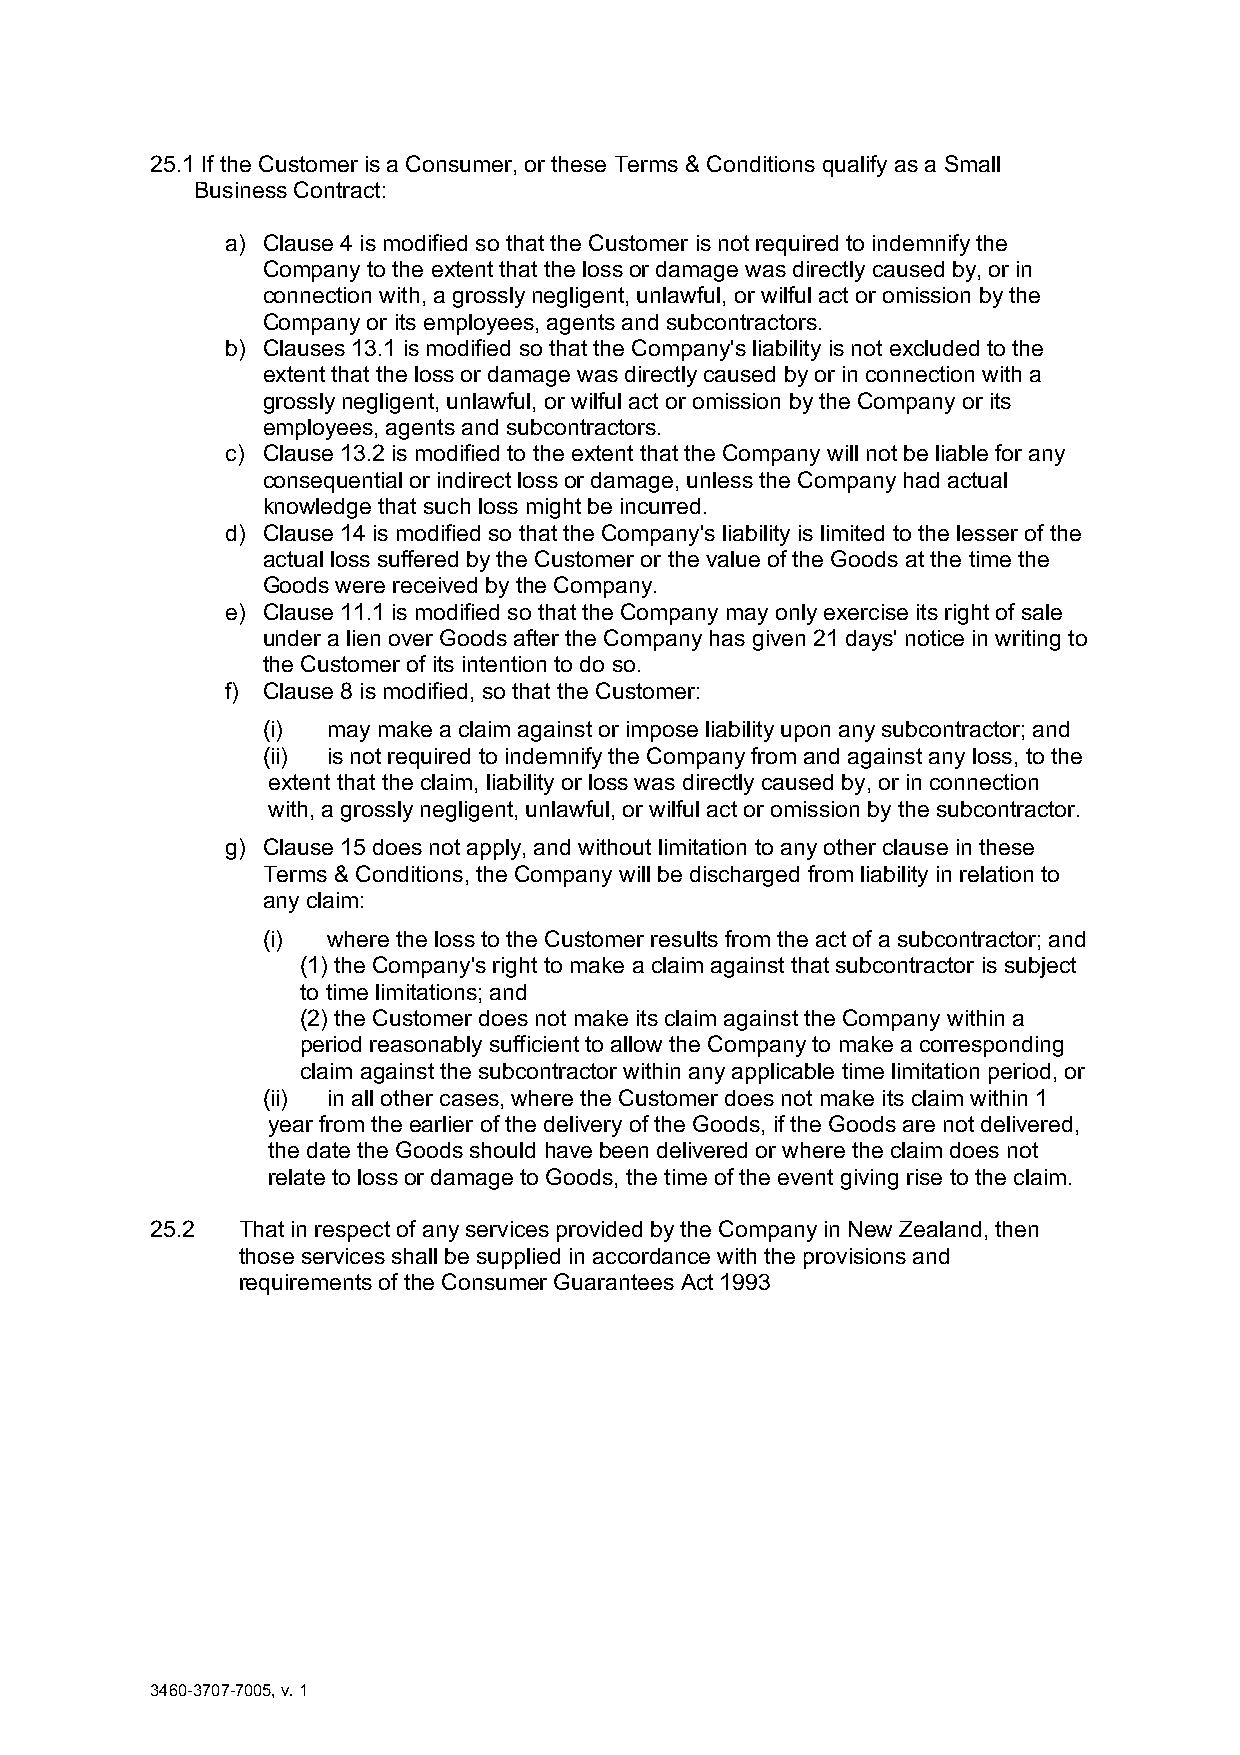
25.1 If the Customer is a Consumer, or these Terms & Conditions qualify as a Small
 Business Contract:
 a) Clause 4 is modified so that the Customer is not required to indemnify the
 Company to the extent that the loss or damage was directly caused by, or in
 connection with, a grossly negligent, unlawful, or wilful act or omission by the
 Company or its employees, agents and subcontractors.
 b) Clauses 13.1 is modified so that the Company's liability is not excluded to the
 extent that the loss or damage was directly caused by or in connection with a
 grossly negligent, unlawful, or wilful act or omission by the Company or its
 employees, agents and subcontractors.
 c) Clause 13.2 is modified to the extent that the Company will not be liable for any
 consequential or indirect loss or damage, unless the Company had actual
 knowledge that such loss might be incurred.
 d) Clause 14 is modified so that the Company's liability is limited to the lesser of the
 actual loss suffered by the Customer or the value of the Goods at the time the
 Goods were received by the Company.
 e) Clause 11.1 is modified so that the Company may only exercise its right of sale
 under a lien over Goods after the Company has given 21 days' notice in writing to
 the Customer of its intention to do so.
 f) Clause 8 is modified, so that the Customer:
 (i)  may make a claim against or impose liability upon any subcontractor; and
 (ii) is not required to indemnify the Company from and against any loss, to the
 extent that the claim, liability or loss was directly caused by, or in connection
 with, a grossly negligent, unlawful, or wilful act or omission by the subcontractor.
 g) Clause 15 does not apply, and without limitation to any other clause in these
 Terms & Conditions, the Company will be discharged from liability in relation to
 any claim:
 (i)  where the loss to the Customer results from the act of a subcontractor; and
 (1) the Company's right to make a claim against that subcontractor is subject
 to time limitations; and
 (2) the Customer does not make its claim against the Company within a
 period reasonably sufficient to allow the Company to make a corresponding
 claim against the subcontractor within any applicable time limitation period, or
 (ii) in all other cases, where the Customer does not make its claim within 1
 year from the earlier of the delivery of the Goods, if the Goods are not delivered,
 the date the Goods should have been delivered or where the claim does not
 relate to loss or damage to Goods, the time of the event giving rise to the claim.
 25.2  That in respect of any services provided by the Company in New Zealand, then
 those services shall be supplied in accordance with the provisions and
 requirements of the Consumer Guarantees Act 1993
 3460-3707-7005, v. 1